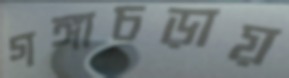
গঙ্গাচড়ায়